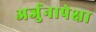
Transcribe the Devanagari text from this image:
अर्जुनापेक्षा